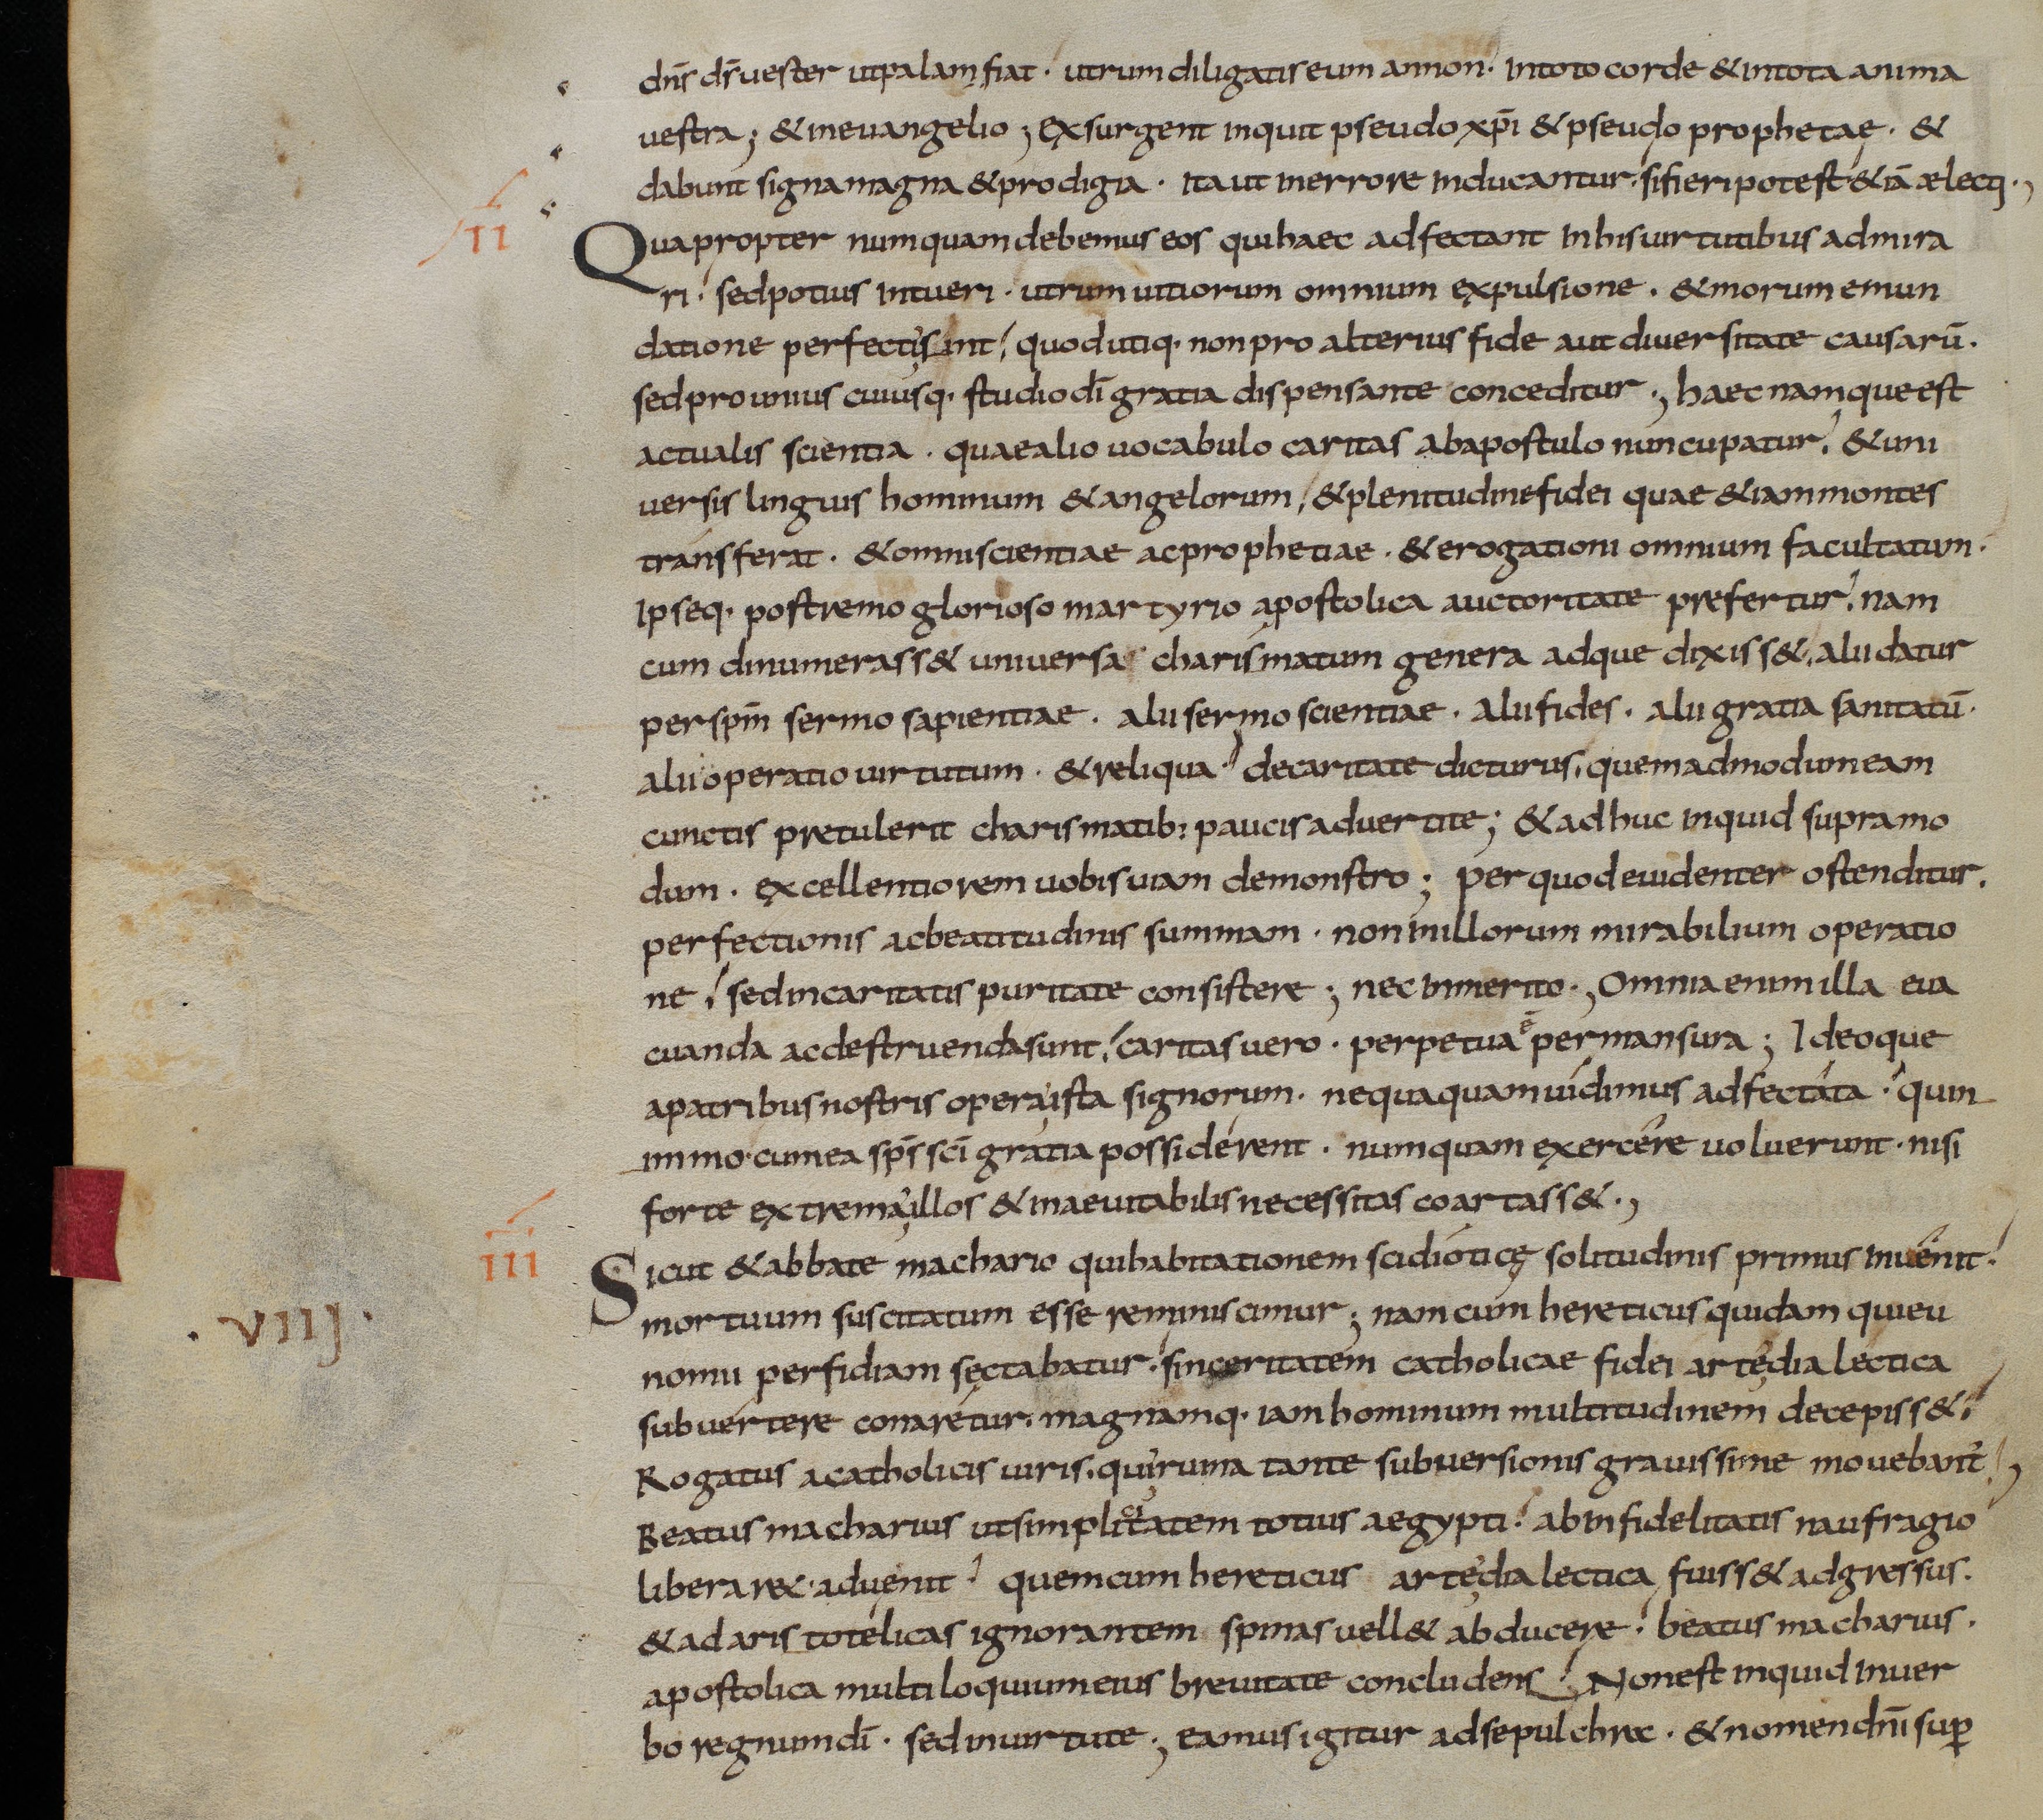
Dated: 833–865